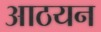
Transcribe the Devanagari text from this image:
आठयन